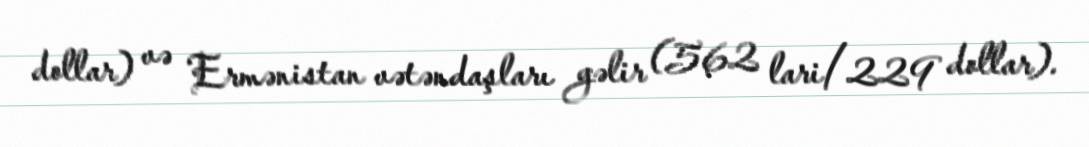
dollar) və Ermənistan vətəndaşları gəlir (562 lari/229 dollar).